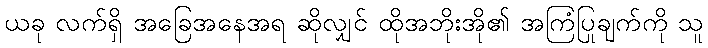
ယခု လက်ရှိ အခြေအနေအရ ဆိုလျှင် ထိုအဘိုးအို၏ အကြံပြုချက်ကို သူ